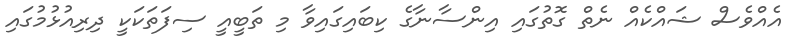
އެއްވެސް ޝައްކެއް ނެތް ގޮތުގައި އިންސާނާގެ ކިބައިގައިވާ މި ތަބީއީ ސިފަތަކަކީ ދިރިއުޅުމުގައި